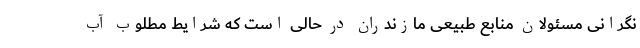
نگرانی مسئولان منابع طبیعی مازندران در حالی است که شرایط مطلوب آب